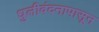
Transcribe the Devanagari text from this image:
धुलीवंदनापासून